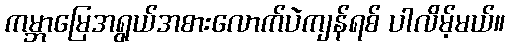
ကမ္ဘာမြေအရွယ်အစားလောက်ပဲကျန်ရစ် ပါလိမ့်မယ်။